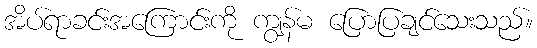
အိပ်ရာခင်းအကြောင်းကို ကျွန်မ ပြောပြချင်သေးသည်။